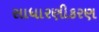
સાધારણીકરણ